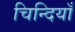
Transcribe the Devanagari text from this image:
चिन्दियाँ